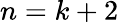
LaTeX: n=k+2